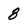
Character: 8